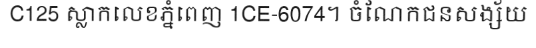
C125 ស្លាកលេខភ្នំពេញ 1CE-6074។ ចំណែកជនសង្ស័យ